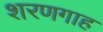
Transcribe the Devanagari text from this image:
शरणगाह